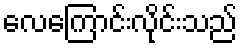
လေကြောင်းလိုင်းသည်